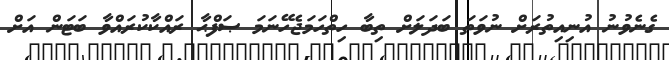
ގެނެވުނު އުނިއިތުރަށް ނުވަތަ ބަދަލަށް ތިބާ ހިތްހަމަޖެހޭނަމަ ޞަފްޙާ ރައްކާކުރައްވާ ބަޓަން އަށް